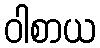
ဝါစာယ